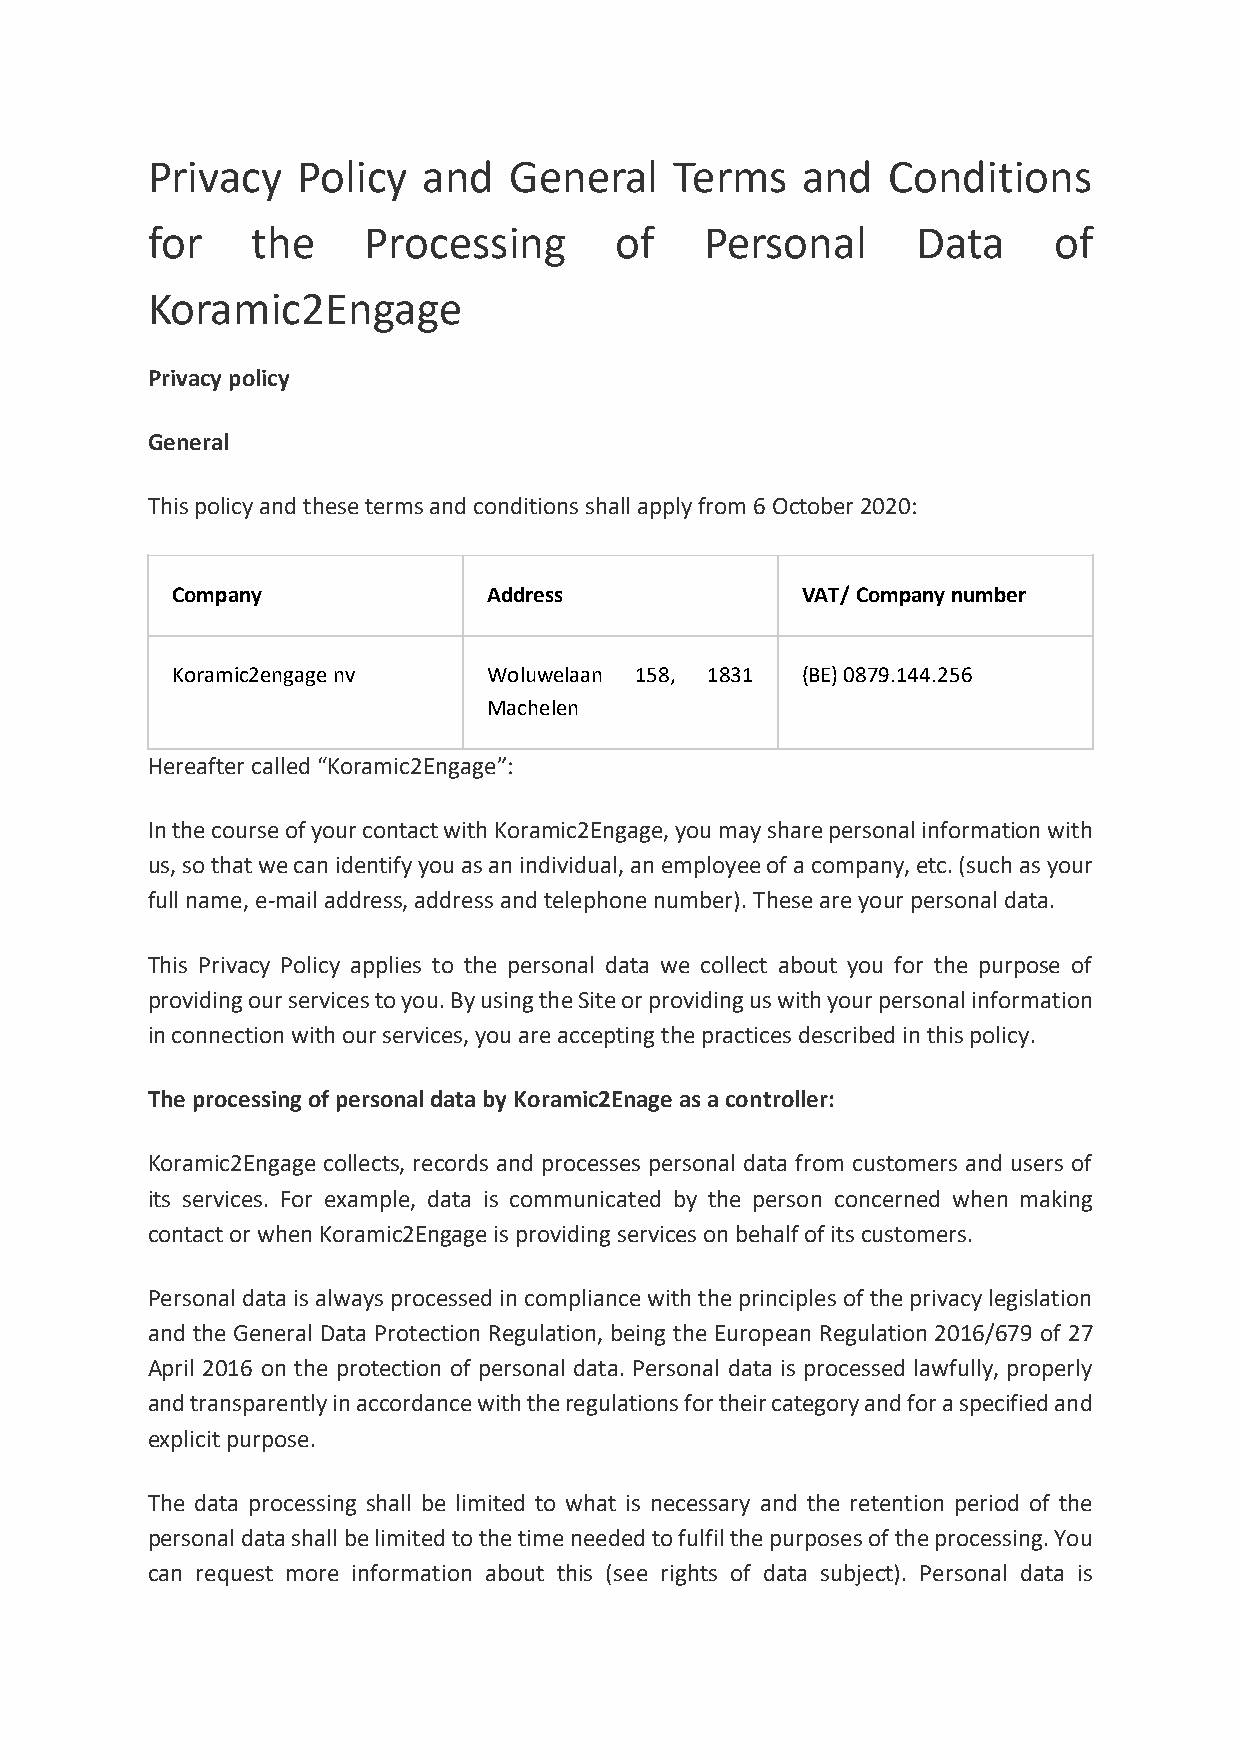
Privacy   Policy  and   General    Terms   and   Conditions
 for    the    Processing       of    Personal      Data     of
 Koramic2Engage
 Privacy policy
 General
 This policy and these terms and conditions shall apply from 6 October 2020:
 Company              Address              VAT/ Company number
 Koramic2engage nv    Woluwelaan 158, 1831 (BE) 0879.144.256
 Machelen
 Hereafter called “Koramic2Engage”:
 In the course of your contact with Koramic2Engage, you may share personal information with
 us, so that we can identify you as an individual, an employee of a company, etc. (such as your
 full name, e-mail address, address and telephone number). These are your personal data.
 This Privacy Policy applies to the personal data we collect about you for the purpose of
 providing our services to you. By using the Site or providing us with your personal information
 in connection with our services, you are accepting the practices described in this policy.
 The processing of personal data by Koramic2Enage as a controller:
 Koramic2Engage collects, records and processes personal data from customers and users of
 its services. For example, data is communicated by the person concerned when making
 contact or when Koramic2Engage is providing services on behalf of its customers.
 Personal data is always processed in compliance with the principles of the privacy legislation
 and the General Data Protection Regulation, being the European Regulation 2016/679 of 27
 April 2016 on the protection of personal data. Personal data is processed lawfully, properly
 and transparently in accordance with the regulations for their category and for a specified and
 explicit purpose.
 The data processing shall be limited to what is necessary and the retention period of the
 personal data shall be limited to the time needed to fulfil the purposes of the processing. You
 can request more information about this (see rights of data subject). Personal data is